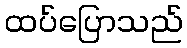
ထပ်ပြောသည်